Civil Veterinary Dept. Assam report 1911-1927 - 1911-1927
Year: 1911
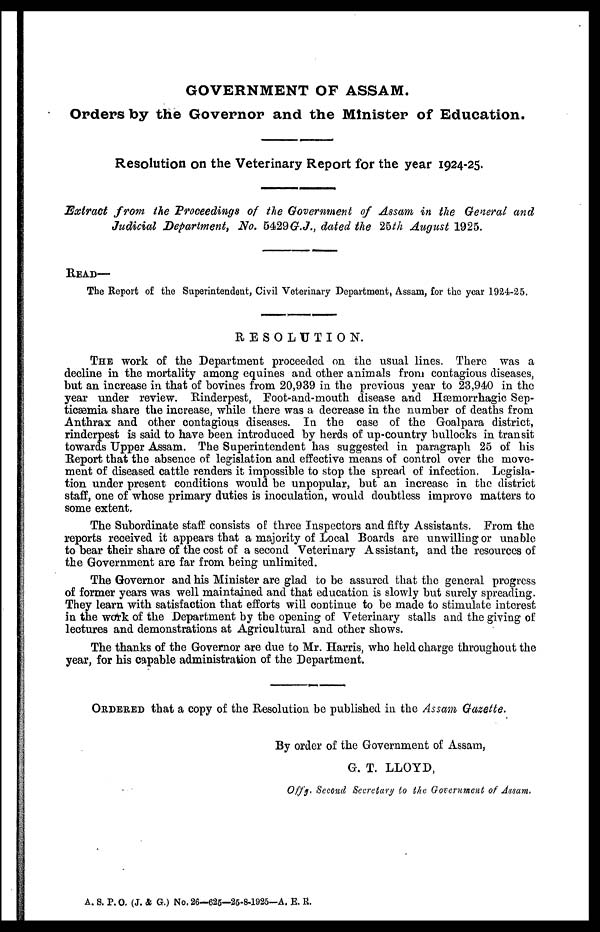
GOVERNMENT OF ASSAM.
Orders by the Governor and the Minister of Education.
Resolution on the Veterinary Report for the year 1924-25.
Extract from the Proceedings of the Government of Assam in the General and
Judicial Department, No. 5429 G.J., dated the 25th August 1925.
READ—
The Report of the Superintendent, Civil Veterinary Department, Assam, for the year 1924-25.
RESOLUTION.
THE work of the Department proceeded on the usual lines. There was a
decline in the mortality among equines and other animals from contagious diseases,
but an increase in that of bovines from 20,939 in the previous year to 23,940 in the
year under review. Rinderpest, Foot-and-mouth disease and Hæmorrhagic Sep-
ticæmia share the increase, while there was a decrease in the number of deaths from
Anthrax and other contagious diseases. In the case of the Goalpara district,
rinderpest is said to have been introduced by herds of up-country bullocks in transit
towards Upper Assam. The Superintendent has suggested in paragraph 25 of his
Report that the absence of legislation and effective means of control over the move-
ment of diseased cattle renders it impossible to stop the spread of infection. Legisla-
tion under present conditions would be unpopular, but an increase in the district
staff, one of whose primary duties is inoculation, would doubtless improve matters to
some extent.
The Subordinate staff consists of three Inspectors and fifty Assistants. From the
reports received it appears that a majority of Local Boards are unwilling or unable
to bear their share of the cost of a second Veterinary Assistant, and the resources of
the Government are far from being unlimited.
The Governor and his Minister are glad to be assured that the general progress
of former years was well maintained and that education is slowly but surely spreading.
They learn with satisfaction that efforts will continue to be made to stimulate interest
in the work of the Department by the opening of Veterinary stalls and the giving of
lectures and demonstrations at Agricultural and other shows.
The thanks of the Governor are due to Mr. Harris, who held charge throughout the
year, for his capable administration of the Department.
ORDERED that a copy of the Resolution be published in the Assam Gazette.
By order of the Government of Assam,
G. T. LLOYD,
Offg, Second Secretary to the Government of Assam.
A. S. P. O. (J. & G.) No. 26—625—25-8-1925—A. E. R.